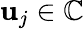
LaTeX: \mathbf{u}_{j}\in\mathbb{{C}}